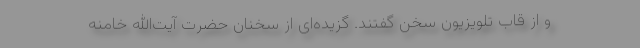
و از قاب تلویزیون سخن گفتند. گزیده‌ای از سخنان حضرت آیت‌الله خامنه